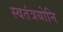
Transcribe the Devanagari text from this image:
स्वतंत्रयोनि